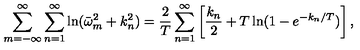
\sum _ { m = - \infty } ^ { \infty } \sum _ { n = 1 } ^ { \infty } \ln ( \bar { \omega } _ { m } ^ { 2 } + k _ { n } ^ { 2 } ) = \frac { 2 } { T } \sum _ { n = 1 } ^ { \infty } \left[ \frac { k _ { n } } { 2 } + T \ln ( 1 - e ^ { - k _ { n } / T } ) \right] { , }